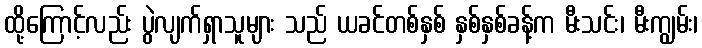
ထို့ကြောင့်လည်း ပွဲလျက်ရှာသူများ သည် ယခင်တစ်နှစ် နှစ်နှစ်ခန့်က မီးသင်း၊ မီးကျွမ်း၊